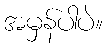
အမှန်ပါပဲ။